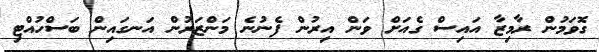
ގޮވަމުން ރާމިޒާ އައިސް ގެއަށް ވަން އިރުން ފެނުނެ މަންޒަރުން އަނގައިން ބަސްހުއްޓި